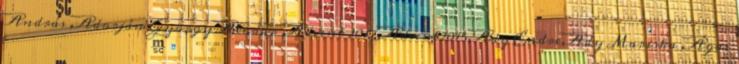
András ,Adorján György Aladár ,Advent 2017,Advent2015,Ady Endre,Ady Mariska ,Ágai